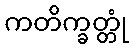
ကတိက္ခတ္တုံ